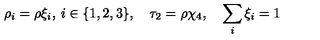
\rho _ { i } = \rho \xi _ { i } , \: i \in \{ 1 , 2 , 3 \} , \quad \tau _ { 2 } = \rho \chi _ { 4 } , \quad \sum _ { i } \xi _ { i } = 1